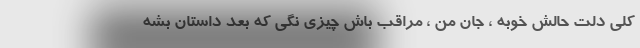
کلى دلت حالش خوبه ، جان من ، مراقب باش چیزى نگى که بعد داستان بشه